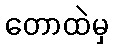
တောထဲမှ